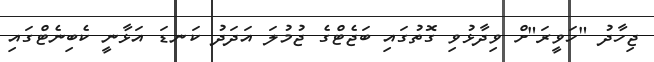
ޖިހާދު "ހަވީރަ"ށް ވިދާޅުވި ގޮތުގައި ބަޖެޓްގެ ޖުމުލަ އަދަދު ކަނޑަ އަޅާނީ ކެބިނެޓްގައި